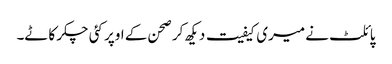
پائلٹ نے میری کیفیت دیکھ کر صحن کے اوپر کئی چکر کاٹے۔